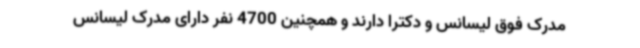
مدرک فوق لیسانس و دکترا دارند و همچنین 4700 نفر دارای مدرک لیسانس